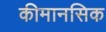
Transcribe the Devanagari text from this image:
कीमानसिक